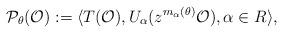
LaTeX: \begin{align*}\mathcal{P}_{\theta}(\mathcal{O}):=\langle T(\mathcal{O}), U_\alpha (z^{m_\alpha(\theta)}\mathcal{O}), \alpha \in R \rangle,\end{align*}